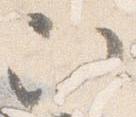
次